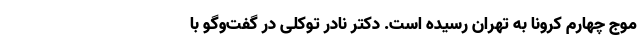
موج چهارم کرونا به تهران رسیده است. دکتر نادر توکلی در گفت‌وگو با